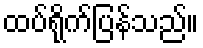
ထပ်ရိုက်ပြန်သည်။